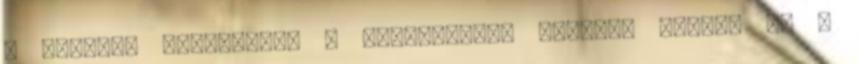
a greenfo tudósítója a helyszínről naponta számol be a